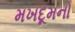
મખદૂમનો